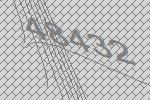
48432